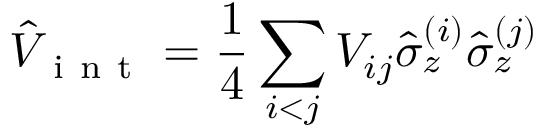
\hat { V } _ { \mathrm { ~ i ~ n ~ t ~ } } = \frac { 1 } { 4 } \sum _ { i < j } V _ { i j } \hat { \sigma } _ { z } ^ { ( i ) } \hat { \sigma } _ { z } ^ { ( j ) }